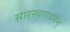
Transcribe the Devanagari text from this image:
सारस्वतायनम्